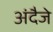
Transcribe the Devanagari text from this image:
अंदैजे